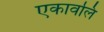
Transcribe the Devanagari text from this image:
एकावलि